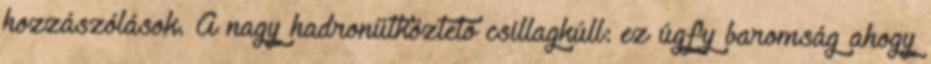
hozzászólások. A nagy hadronütköztető csillagkúll: ez úgfy baromság ahogy